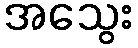
အသွေး